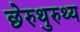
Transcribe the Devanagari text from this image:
छेरुथुरुथ्य